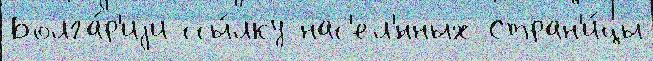
Болга́р'иjи ссы́лку нас'ел'́нных Стран'и́цы